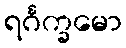
ရင်္ဂက္ခမော